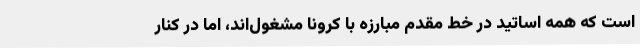
است که همه اساتید در خط مقدم مبارزه با کرونا مشغول‌اند، اما در کنار